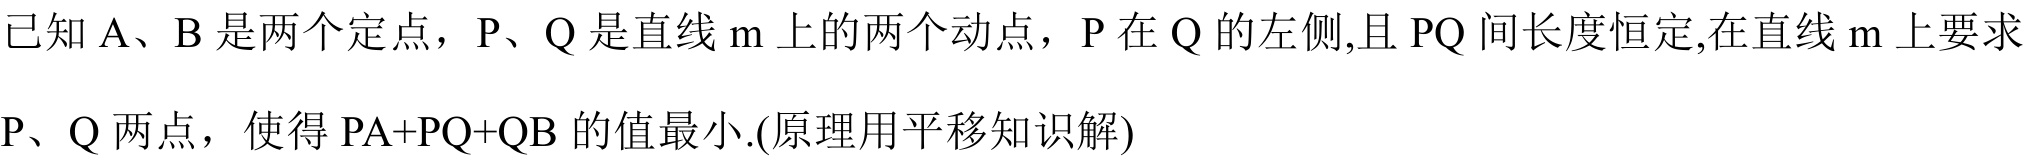
已知\(A\)、\(B\)是两个定点，\(P\)、\(Q\)是直线\(m\)上的两个动点，\(P\)在\(Q\)的左侧,且\(PQ\)间长度恒定,在直线\(m\)上要求\(P\)、\(Q\)两点，使得\(PA + PQ+QB\)的值最小.(原理用平移知识解)